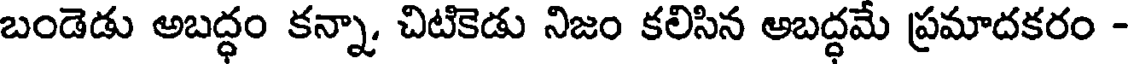
బండెడు అబద్ధం కన్నా, చిటికెడు నిజం కలిసిన అబద్ధమే ప్రమాదకరం -